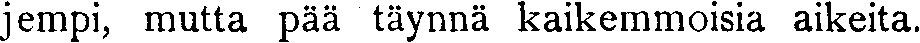
jempi, mutta pää täynnä kaikemmoisia aikeita.